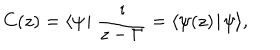
C ( z ) = \langle \psi \! \mid \frac { \imath } { z - \Gamma } = \langle \psi ( z ) \! \mid \! \psi \rangle ,